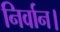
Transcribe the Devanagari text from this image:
निर्वान।